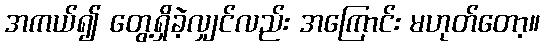
အကယ်၍ တွေ့ရှိခဲ့လျှင်လည်း အကြောင်း မဟုတ်တော့။